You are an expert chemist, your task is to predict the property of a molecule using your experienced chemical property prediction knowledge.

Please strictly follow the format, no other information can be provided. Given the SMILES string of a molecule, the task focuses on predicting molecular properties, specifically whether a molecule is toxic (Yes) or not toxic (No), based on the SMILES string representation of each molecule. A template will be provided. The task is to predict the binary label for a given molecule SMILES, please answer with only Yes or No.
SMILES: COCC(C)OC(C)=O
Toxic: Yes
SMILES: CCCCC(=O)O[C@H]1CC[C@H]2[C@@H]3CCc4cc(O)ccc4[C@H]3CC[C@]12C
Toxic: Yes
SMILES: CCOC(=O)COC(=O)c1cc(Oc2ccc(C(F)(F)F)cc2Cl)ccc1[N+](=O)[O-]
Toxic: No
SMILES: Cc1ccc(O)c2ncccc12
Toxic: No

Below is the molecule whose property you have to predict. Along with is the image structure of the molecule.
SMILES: CC(C)CC(=O)CC(C)CC(C)C
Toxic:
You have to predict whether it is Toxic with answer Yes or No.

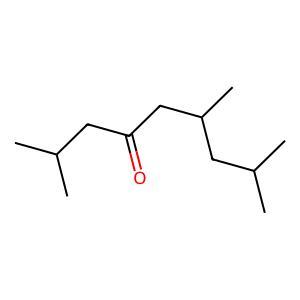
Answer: No